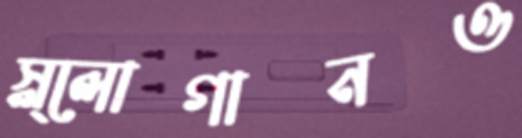
স্ল্লোগানও